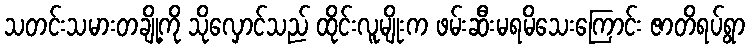
သတင်းသမားတချို့ကို သိုလှောင်သည် ထိုင်းလူမျိုးက ဖမ်းဆီးမရမိသေးကြောင်း ဇာတိရပ်ရွာ